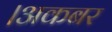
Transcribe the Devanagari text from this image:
।अकबर